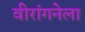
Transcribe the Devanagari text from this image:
वीरांगनेला